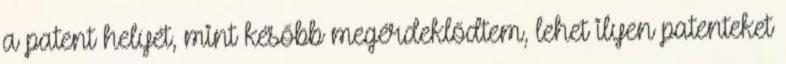
a patent helyét, mint később megérdeklődtem, lehet ilyen patenteket